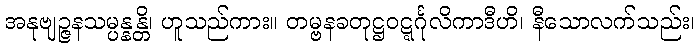
အနုဗျဉ္ဇနသမ္ပန္နန္တိ၊ ဟူသည်ကား။ တမ္ဗနခတုဋ္ဌဝဋ္ဋင်္ဂုလိကာဒီဟိ၊ နီသောလက်သည်း၊